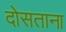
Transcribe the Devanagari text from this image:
दोसताना